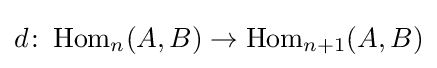
d\colon \operatorname {Hom} _{n}(A,B)\rightarrow \operatorname {Hom} _{n+1}(A,B)